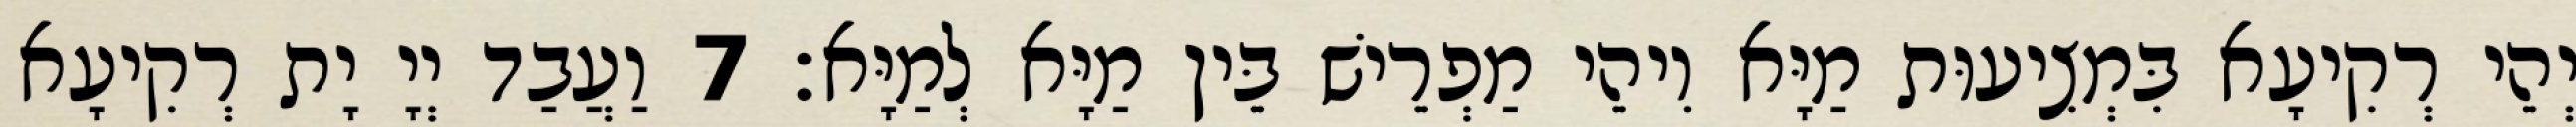
יְהֵי רְקִיעָא בִּמְצִיעוּת מַיָּא וִיהֵי מַפְרֵישׁ בֵּין מַיָּא לְמַיָּא׃ 7 וַעֲבַד יְיָ יָת רְקִיעָא